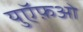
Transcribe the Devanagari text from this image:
युऍफ़ओ